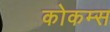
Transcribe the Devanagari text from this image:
कोकम्स